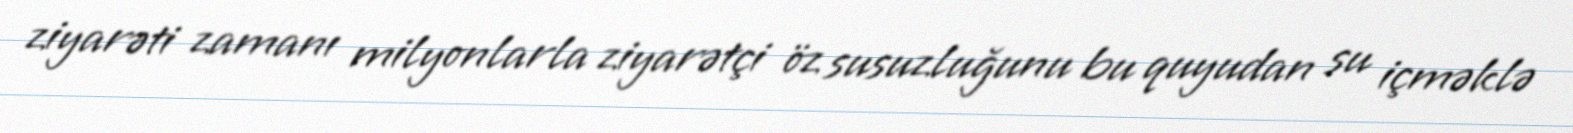
ziyarəti zamanı milyonlarla ziyarətçi öz susuzluğunu bu quyudan su içməklə